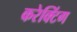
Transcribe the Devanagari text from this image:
करेक्टिंग